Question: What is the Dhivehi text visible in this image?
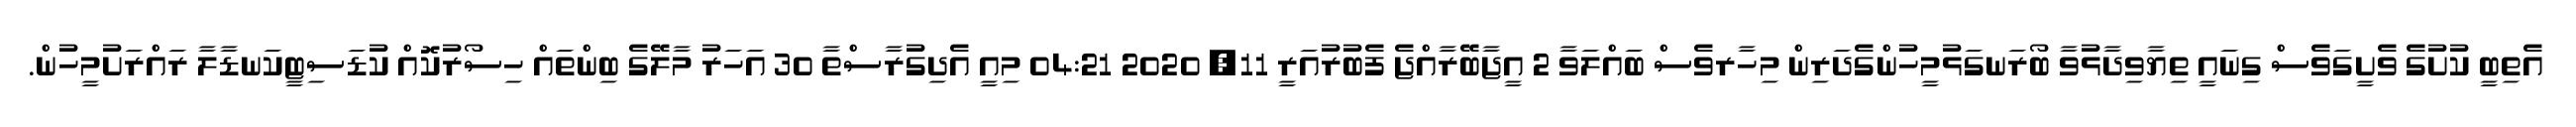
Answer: އެތިބީ ކުށުގެ ވެށީގަވެސް ގިނައީ ތިޔާވިދާޅުވާ ބޯރަނގަޅުމީހުންގެދަރިން މިހާރވެސް ބައްލަވާ 2 އީޖާބޭރާއްޖެ ފެބުރުއަރީ 11, 2020 04:21 މިއީ އެދިގުރާސްތާ 30 އަހަރު މާލޭގެ ބިންތައް ހިސޯރުކޮއް ކުޑަސިޓީކަނޑާލާ ރައްރަށުމީހުން.